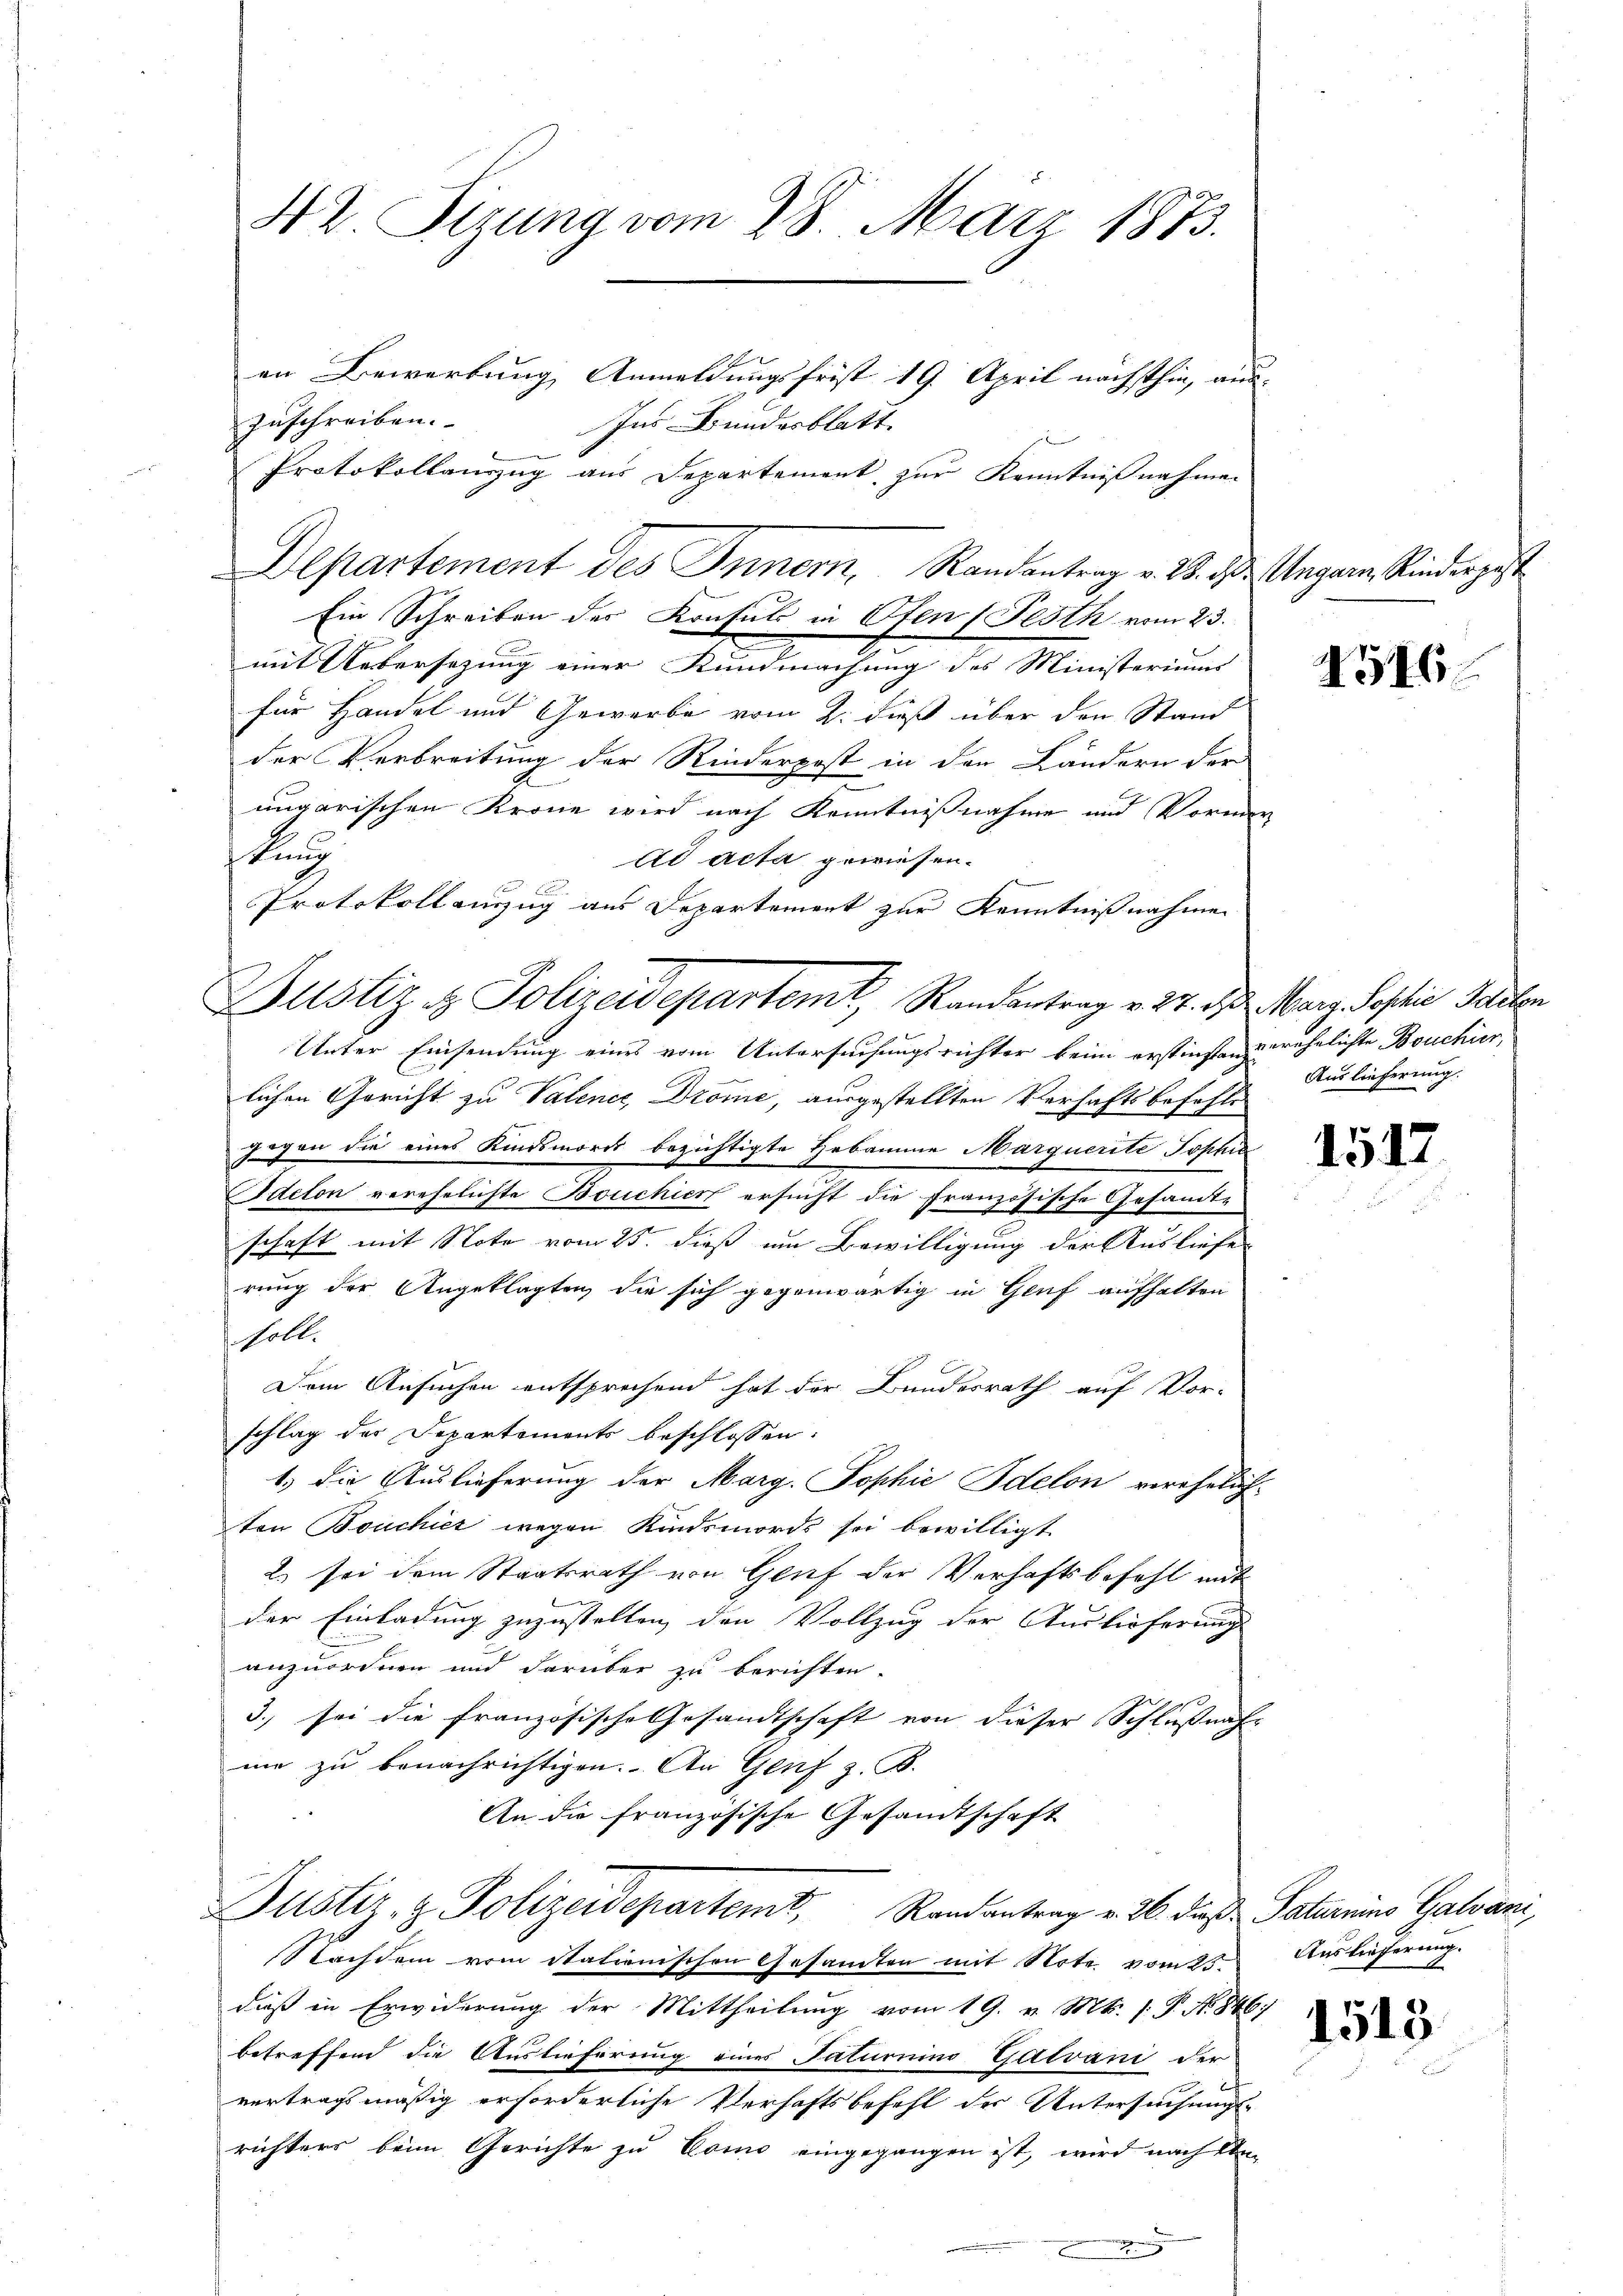
42 Sizung vom 28. März 1873.

en Bewerbung Anmeldungsfrist 19. April nächsthin, aus.
zuschreiben.
Ins Bundesblatt.
Protokollanzzug aus Departement zur Kenntnißnahmen
Ein Schreiben des Konsuls in Ofen (Festh vom 23.
mit Uebersezung einer Kundmachung des Ministeriums
für Handel und Gewerbe vom 2. dieß über den Stand
der Verbreitung der Rinderpost in den Ländern der
ungarischen Krone wird nach Kenntnißnahme und Vormer
stung
ad acta gewiesen.
Unter Einsendung eines vom Untersuchungsrichter beim erstinstanz ähnlichte Bouchier,
lichen Gericht zu Valener, Drome, ausgestellten Verhaftsbefehls
gegen die eines Kindsmord bezichtigte Hebamme Marquerite Tophia
acton verehelichte Bouchier ersucht die französische Gesandt-
schaft mit Note vom 25. dieß um Bewilligung der Ausliefe
rung der Angeklagten, die sich gegenwärtig in Genf aufhalten
soll.
Dem Ansuchen entsprechend hat der Bundesrath auf Vor-
schlag des Departements beschlossen:
1.) Die Auslieferung der Marg. Sophie Idelon verehelich-
ten Bouchier wegen Kindsmords sei bewilligt
2. sei dem Staatsrath von Genf der Verhaftsbefehl mit
der Einladung zuzustellen, den Vollzug der Auslieferung
anzuordnen und darüber zu berichten.
3. sei die französische Gesandtschaft von dieser Schlußnahme zu benachrichtigen. An Genf z. B.
An die französische Gesandtschaft
Justiz- & Polizeidepartemt. Randantrag v. 26. die Saturins Galvani,
Nachdem vom Stationischen Gesamten mit Note vom 25.
dieß in Erwiderung der Mittheilung vom 19. v. Mts. (T. No. 846)
betreffend die Auslieferung eines Saturni Galvani der
vertragsmäßig erforderliche Verhaftsbefehl der Untersuchungs-
richters beim Gerichte zu Como eingegangen ist, wird nach Un¬
.

Departement des Innern, Randantrag v. 23. d. Ungarn, Rindergest

Protokollenzug aus Departement zur Kenntnißnahme
Justiz & Polizeidepartemt, Randantrag v. 24. d. Marg Sophie Seiten

4516.

Auslieferung.

1517

Auslieferung.

1513